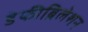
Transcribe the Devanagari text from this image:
डेफीब्रिलेशन